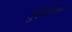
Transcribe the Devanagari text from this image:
लुईसविल्ले